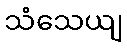
သံသေယျ